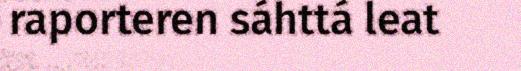
raporteren sáhttá leat